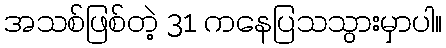
အသစ်ဖြစ်တဲ့ 31 ကနေပြသသွားမှာပါ။